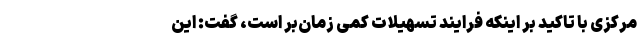
مرکزی با تاکید بر اینکه فرایند تسهیلات کمی زمان‌بر است، گفت: این